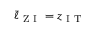
\bar { \ell } _ { \mathrm { ~ Z ~ I ~ } } = z _ { \mathrm { ~ I ~ T ~ } }